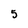
Character: 5